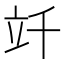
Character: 竏